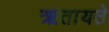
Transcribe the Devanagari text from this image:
ऋतायते